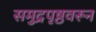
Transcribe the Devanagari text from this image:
समुद्रपृष्ठवरून